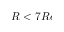
R < 7 R e